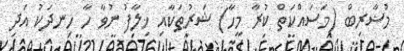
މުޟާރިބް (މަސައްކަތް ކުރާ މީހާ) ޝަރުޠަކާއި ޚިލާފު ނުވާ ހާ ހިނދަކު އަދި